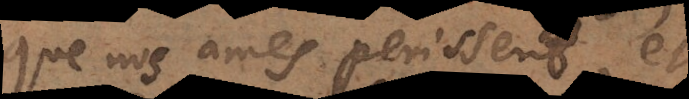
que nos ames périssent, et